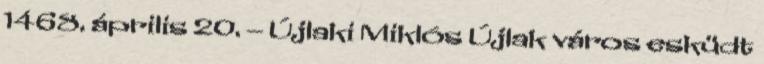
1468. április 20. – Újlaki Miklós Újlak város esküdt